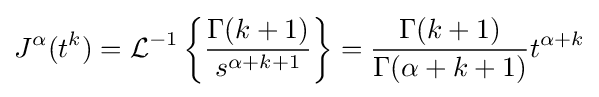
J^{\alpha }(t^{k})={\mathcal {L}}^{-1}\left\{{\frac {\Gamma (k+1)}{s^{\alpha +k+1}}}\right\}={\frac {\Gamma (k+1)}{\Gamma (\alpha +k+1)}}t^{\alpha +k}